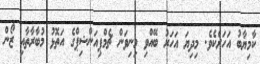
ކާމިޔާބު އަހަރެކެވެ. މިދިޔަ އަހަރު ބޭއްވި މިނިވަން ޗެމްޕިއަންޝިޕްގެ އަތޮޅު މުބާރާތާއި ޒޯން